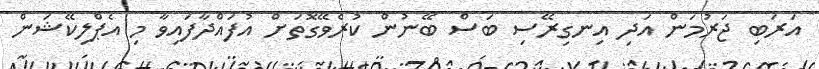
އަރަބި ޖަރުމަން އަދި އިނގިރޭސި ބަސް ބޭނުން ކުރެވޭގޮތަށް އުފައްދާފައިވާ މި އެޕްލިކޭޝަން